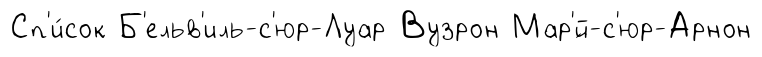
Сп'и́сок Б'ельв'иль-с'юр-Луар Вузрон Мар'́й-с'юр-Арнон